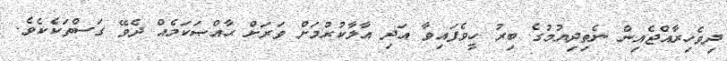
ދިވެހިރާއްޖެއިން ނެތިދިޔުމުގެ ބިރު ހީވެފައިވާ އަދި އާލާކުރުމަށް ވަރަށް ޙާއްޞަކަމެއް ދެވޭ ގަސްތަކެކެވެ.